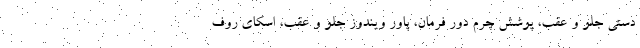
دستی جلو و عقب، پوشش چرم دور فرمان، پاور ویندوز جلو و عقب، اسکای روف